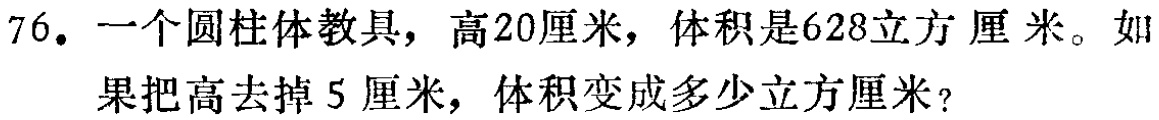
76. 一个圆柱体教具，高20厘米，体积是628立方厘米。如果把高去掉5厘米，体积变成多少立方厘米？